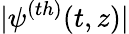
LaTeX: |\psi^{(th)}(t,z)|